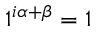
1 ^ { i \alpha + \beta } = 1